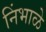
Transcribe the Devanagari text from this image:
निंभाळे